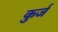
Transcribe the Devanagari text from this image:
कुर्ज